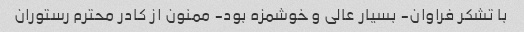
با تشکر فراوان- بسیار عالی و خوشمزه بود- ممنون از کادر محترم رستوران